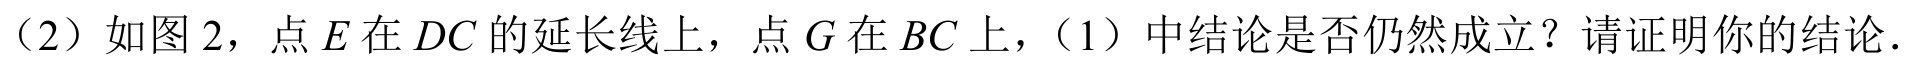
（2）如图 2，点 \(E\) 在 \(DC\) 的延长线上，点 \(G\) 在 \(BC\) 上，（1）中结论是否仍然成立？请证明你的结论.